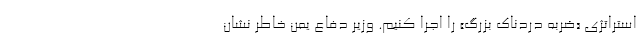
استراتژی «ضربه دردناک بزرگ» را اجرا کنیم. وزیر دفاع یمن خاطر نشان